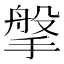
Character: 搫